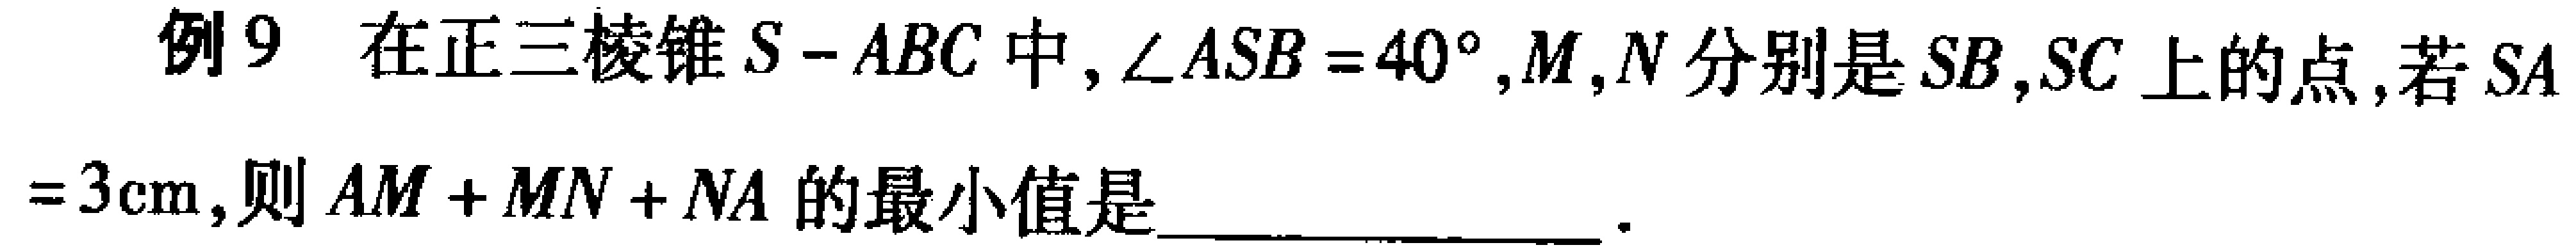
例9 在正三棱锥\(S - ABC\)中，\(\angle ASB = 40^{\circ}\)，\(M\)，\(N\)分别是\(SB\)，\(SC\)上的点，若\(SA = 3\mathrm{cm}\)，则\(AM + MN + NA\)的最小值是  。